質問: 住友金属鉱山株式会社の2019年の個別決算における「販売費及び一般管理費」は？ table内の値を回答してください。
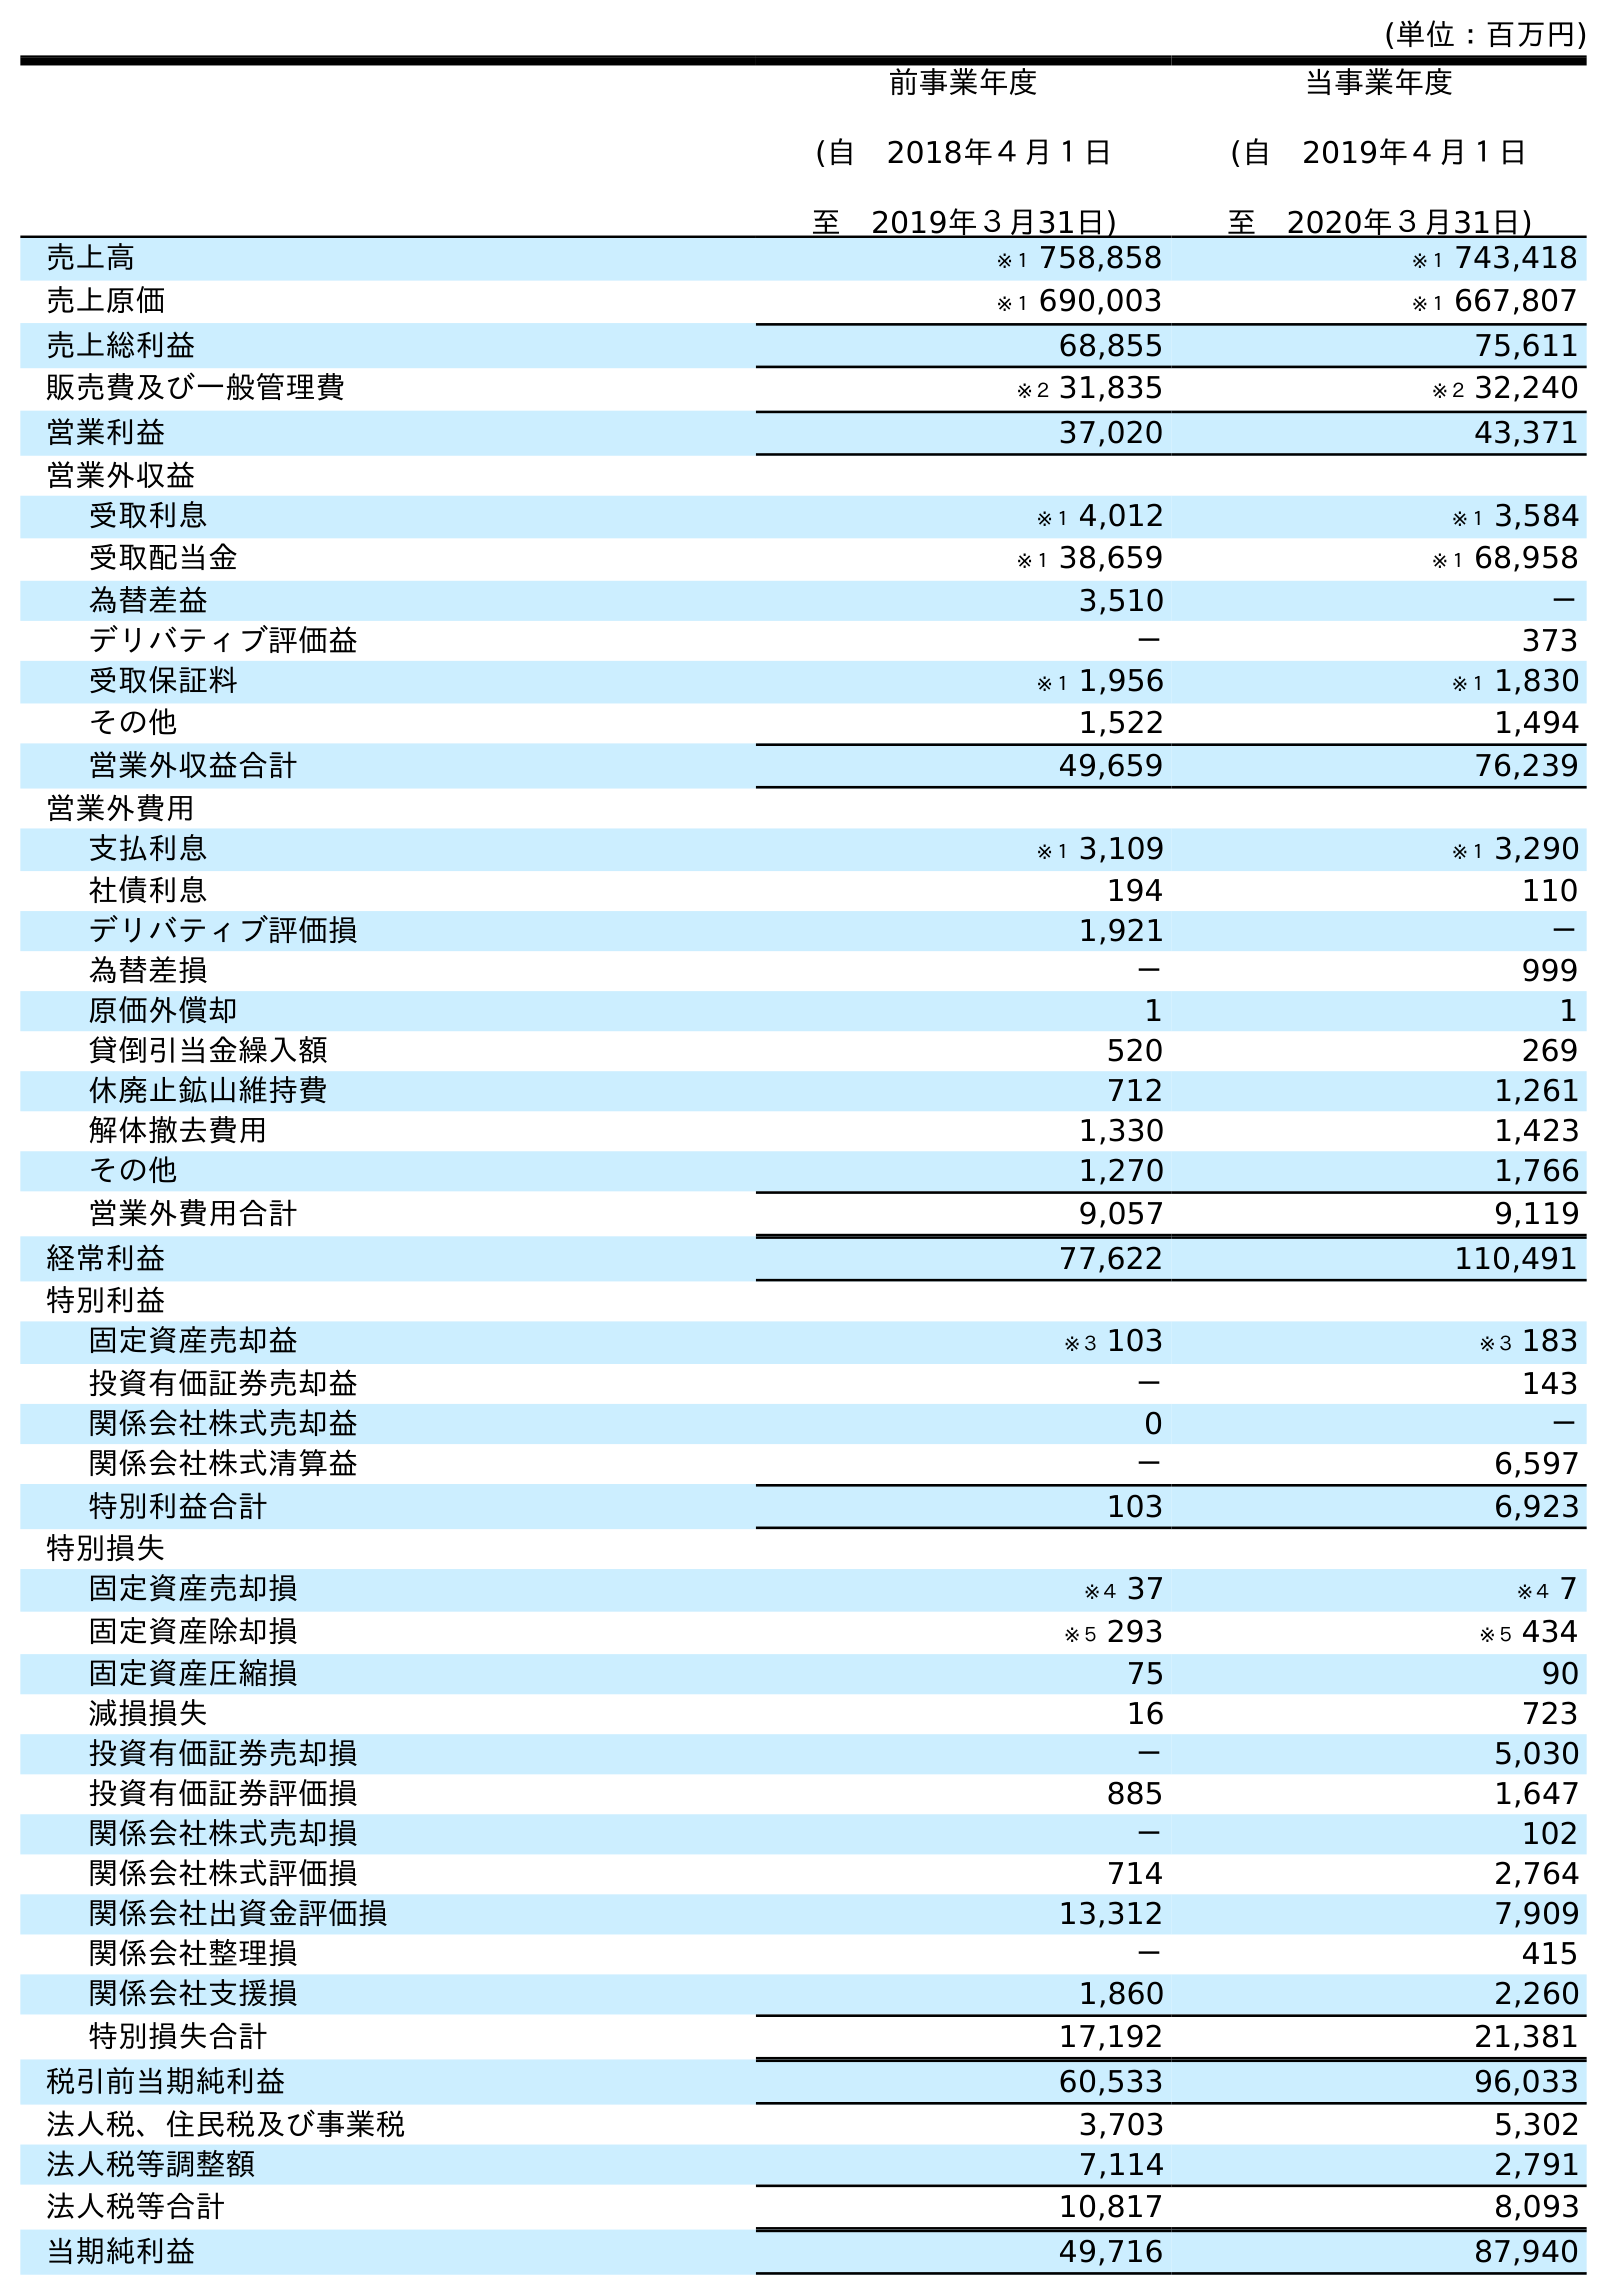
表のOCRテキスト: (単位：百万円) 前事業年度 (自 2018年４月１日 至 2019年３月31日) 当事業年度 (自 2019年４月１日 至 2020年３月31日) 売上高 ※１ 758,858 ※１ 743,418 売上原価 ※１ 690,003 ※１ 667,807 売上総利益 68,855 75,611 販売費及び一般管理費 ※２ 31,835 ※２ 32,240 営業利益 37,020 43,371 営業外収益 受取利息 ※１ 4,012 ※１ 3,584 受取配当金 ※１ 38,659 ※１ 68,958 為替差益 3,510 － デリバティブ評価益 － 373 受取保証料 ※１ 1,956 ※１ 1,830 その他 1,522 1,494 営業外収益合計 49,659 76,239 営業外費用 支払利息 ※１ 3,109 ※１ 3,290 社債利息 194 110 デリバティブ評価損 1,921 － 為替差損 － 999 原価外償却 1 1 貸倒引当金繰入額 520 269 休廃止鉱山維持費 712 1,261 解体撤去費用 1,330 1,423 その他 1,270 1,766 営業外費用合計 9,057 9,119 経常利益 77,622 110,491 特別利益 固定資産売却益 ※３ 103 ※３ 183 投資有価証券売却益 － 143 関係会社株式売却益 0 － 関係会社株式清算益 － 6,597 特別利益合計 103 6,923 特別損失 固定資産売却損 ※４ 37 ※４ 7 固定資産除却損 ※５ 293 ※５ 434 固定資産圧縮損 75 90 減損損失 16 723 投資有価証券売却損 － 5,030 投資有価証券評価損 885 1,647 関係会社株式売却損 － 102 関係会社株式評価損 714 2,764 関係会社出資金評価損 13,312 7,909 関係会社整理損 － 415 関係会社支援損 1,860 2,260 特別損失合計 17,192 21,381 税引前当期純利益 60,533 96,033 法人税、住民税及び事業税 3,703 5,302 法人税等調整額 7,114 2,791 法人税等合計 10,817 8,093 当期純利益 49,716 87,940
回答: ※２31,835